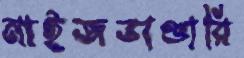
মাইজভাণ্ডারি